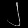
Digit: ၂